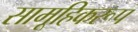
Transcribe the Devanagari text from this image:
सामूहिकरूप